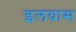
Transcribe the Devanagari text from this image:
इलयास